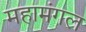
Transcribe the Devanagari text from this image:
महामंगल